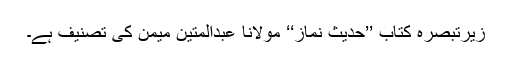
زیرتبصرہ کتاب ’’حدیث نماز‘‘ مولانا عبدالمتین میمن کی تصنیف ہے۔